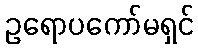
ဥရောပကော်မရှင်